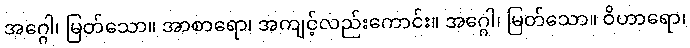
အဂ္ဂေါ၊ မြတ်သော။ အာစာရော၊ အကျင့်လည်းကောင်း။ အဂ္ဂေါ၊ မြတ်သော။ ဝိဟာရော၊